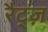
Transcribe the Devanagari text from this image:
रैट्ज़